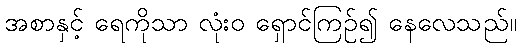
အစာနှင့် ရေကိုသာ လုံးဝ ရှောင်ကြဉ်၍ နေလေသည်။